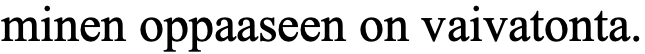
minen oppaaseen on vaivatonta.